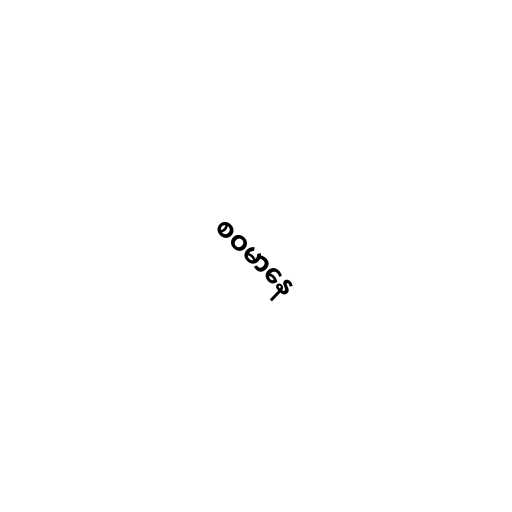
စဝမာနေ